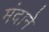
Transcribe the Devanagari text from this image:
मंदाने